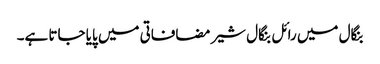
بنگال میں رائل بنگال شیر مضافاتی میں پایا جاتا ہے۔